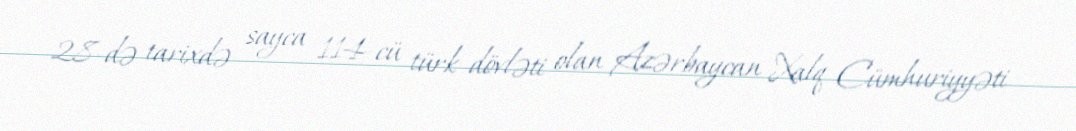
28-də tarixdə sayca 114-cü türk dövləti olan Azərbaycan Xalq Cümhuriyyəti